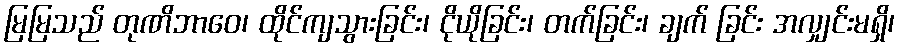
မြမြသည် တုဏိဘာဝေ၊ ထိုင်ကျသွားခြင်း၊ ငိုယိုခြင်း၊ တက်ခြင်း၊ ချက် ခြင်း အလျှင်းမရှိ၊